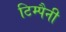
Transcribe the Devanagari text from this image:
टिम्पैनी